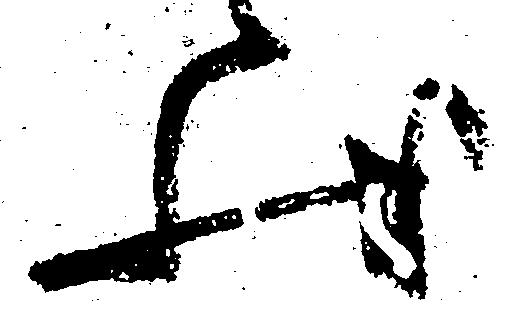
状